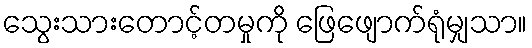
သွေးသားတောင့်တမှုကို ဖြေဖျောက်ရုံမျှသာ။